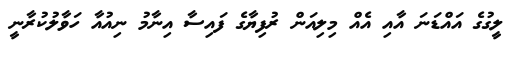
ލީގުގެ އައްޑަނަ އާއި އެއް މިލިއަން ރުފިޔާގެ ފައިސާ އިނާމު ނިއުއާ ހަވާލުކުރާނީ